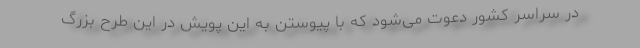
در سراسر کشور دعوت می‌شود که با پیوستن به این پویش در این طرح بزرگ